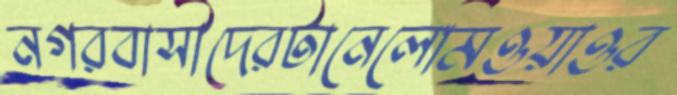
নগরবাসীদেরটানেলেমিওয়াওর